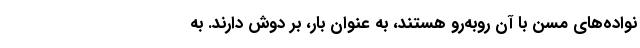
نواده‌های مسن با آن روبه‌رو هستند، به ‌عنوان بار، بر دوش دارند. به